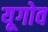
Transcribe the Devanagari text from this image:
यूगोव